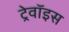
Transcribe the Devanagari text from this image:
ट्रेवॉइस